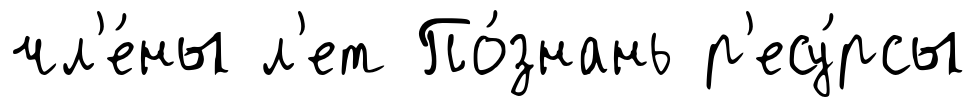
чл'е́ны л'ет По́знань р'есу́рсы